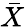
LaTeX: \bar{X}